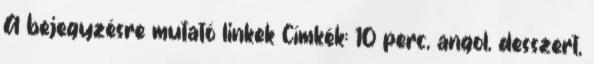
A bejegyzésre mutató linkek Címkék: 10 perc, angol, desszert,